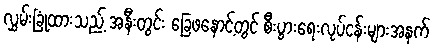
လွှမ်းခြုံထားသည့် အနီးတွင်း ခြေဖနောင့်တွင် စီးပွားရေးလုပ်ငန်းများအနက်